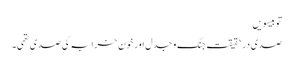
تو بیسویں
صدی در حقیقت جنگ و جدل اور خون خرابہ کی صدی تھی۔